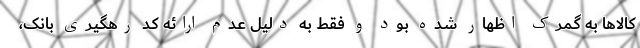
کالاها به گمرک اظهار شده بود و فقط به دلیل عدم ارائه کد رهگیری بانک،